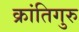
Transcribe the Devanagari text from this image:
क्रांतिगुरु